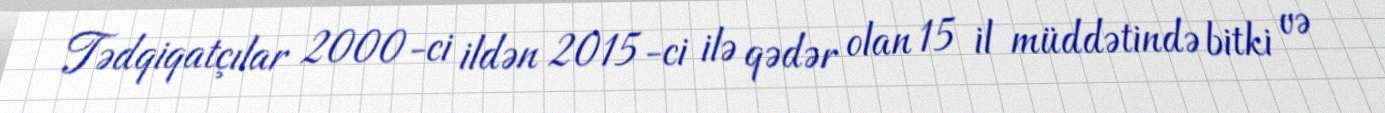
Tədqiqatçılar 2000-ci ildən 2015-ci ilə qədər olan 15 il müddətində bitki və